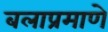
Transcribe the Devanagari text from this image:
बलाप्रमाणे